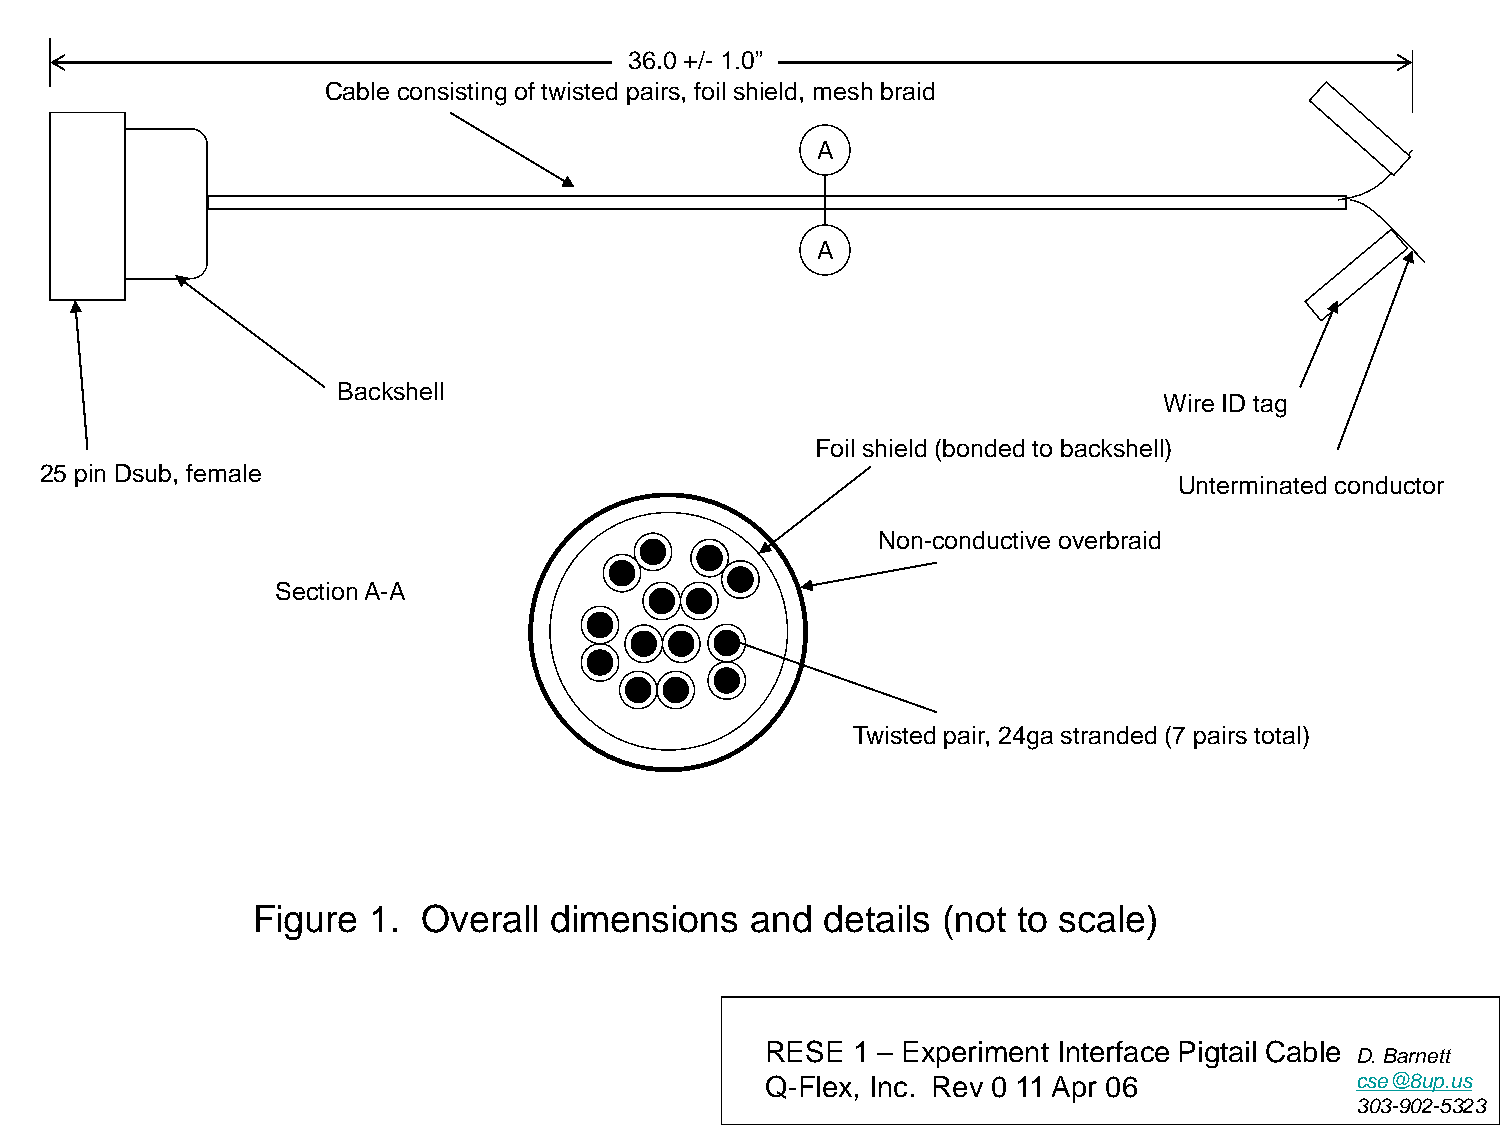
36.0 +/- 1.0”
 Cable consisting of twisted pairs, foil shield, mesh braid
 A
 A
 Backshell
 Wire ID tag
 Foil shield (bonded to backshell)
 25 pin Dsub, female
 Unterminated conductor
 Non-conductive overbraid
 Section A-A
 Twisted pair, 24ga stranded (7 pairs total)
 Figure 1.  Overall dimensions    and  details (not to scale)
 RESE 1 – Experiment Interface Pigtail Cable
 D. Barnett
 Q-Flex, Inc. Rev 0 11 Apr 06           cse@8up.us
 303-902-5323